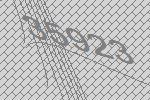
35923